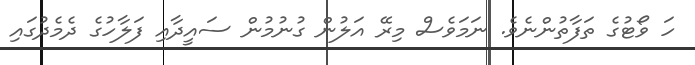
ހަ ވޯޓުގެ ތަފާތުންނެވެ. ނަމަވެސް މިރޭ އަލުން ގުނުމުން ސައީދާއި ފަލާހުގެ ދެމެދުގައި